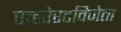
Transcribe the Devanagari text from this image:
एव्हरेस्टविजेता